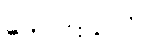
ကောင်းသလို